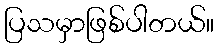
ပြသမှာဖြစ်ပါတယ်။